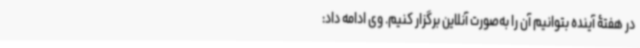
در هفتۀ آینده بتوانیم آن را به‌صورت آنلاین برگزار کنیم. وی ادامه داد: